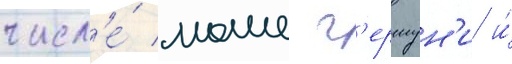
числ'е́ моше г'ершун'и и́